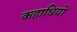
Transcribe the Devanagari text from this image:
कहाधियों